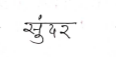
मजकूर: सुंदर